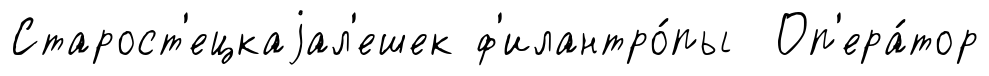
Старост'ецкаjал'ешек ф'илантро́пы Оп'ера́тор